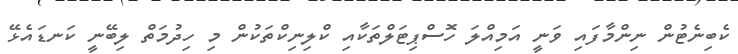
ކެބިނެޓުން ނިންމާފައި ވަނީ އަމިއްލަ ހޮސްޕިޓަލްތަކާއި ކްލިނިކްތަކުން މި ހިދުމަތް ލިބޭނީ ކަނޑައެޅޭ